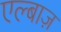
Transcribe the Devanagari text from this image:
एल्बाज़